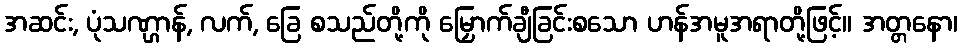
အဆင်း, ပုံသဏ္ဌာန်, လက်, ခြေ စသည်တို့ကို မြှောက်ချီခြင်းစသော ဟန်အမူအရာတို့ဖြင့်။ အတ္တနော၊